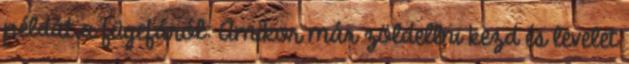
példát a fügefáról: Amikor már zöldellni kezd és levelet